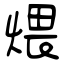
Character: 煨